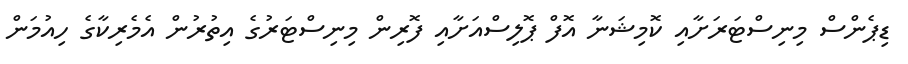
ޑިޕެންސް މިނިސްޓަރަށާއި ކޮމިޝަނާ އޮފް ޕޮލިސްއަށާއި ފޮރިން މިނިސްޓަރުގެ އިތުރުން އެމެރިކާގެ ހިއުމަން